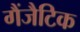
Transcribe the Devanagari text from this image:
गैंजैटिक